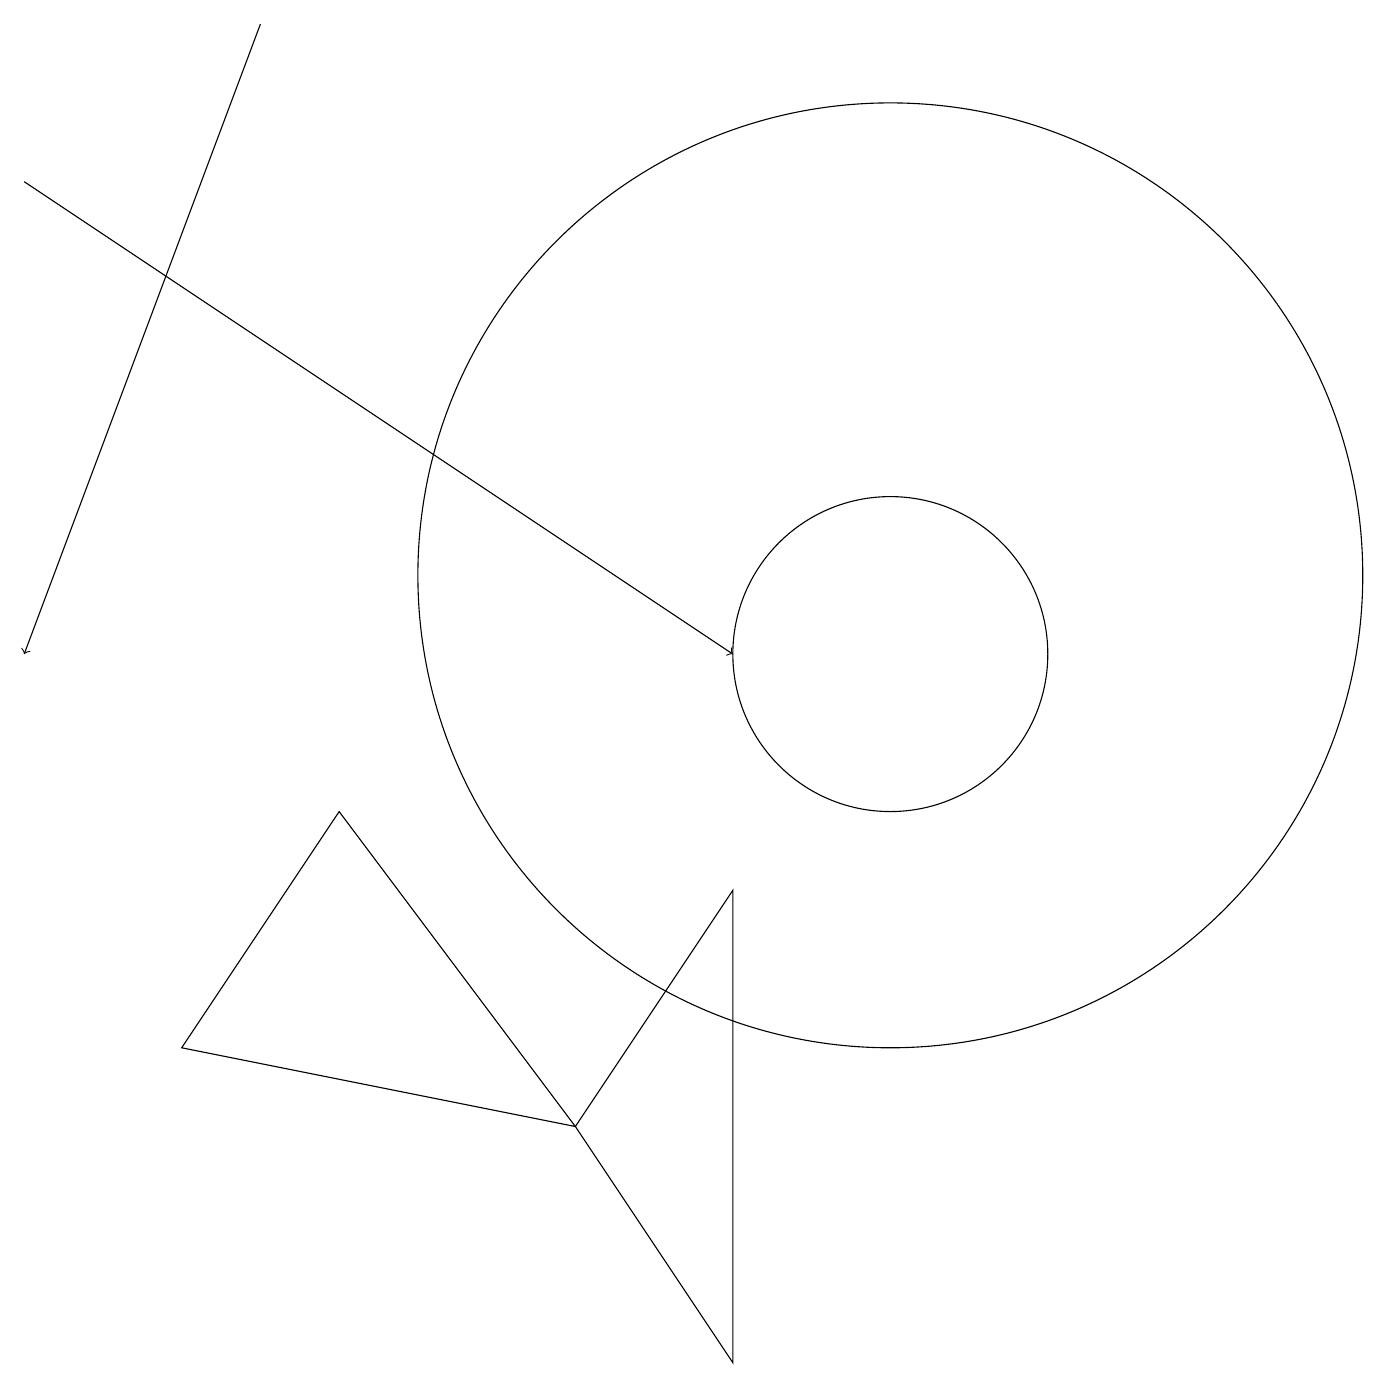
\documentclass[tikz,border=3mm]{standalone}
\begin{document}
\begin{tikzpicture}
\draw (7,5) -- (9,2) -- (9,8) -- cycle;
\draw (2,6) -- (7,5) -- (4,9) -- cycle;
\draw (11,12) circle (6);
\draw[->] (3,19) -- (0,11);
\draw[->] (0,17) -- (9,11);
\draw (11,11) circle (2);
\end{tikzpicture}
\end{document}